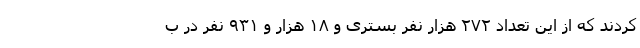
کردند که از این تعداد ۲۷۲ هزار نفر بستری و ۱۸ هزار و ۹۳۱ نفر در ب